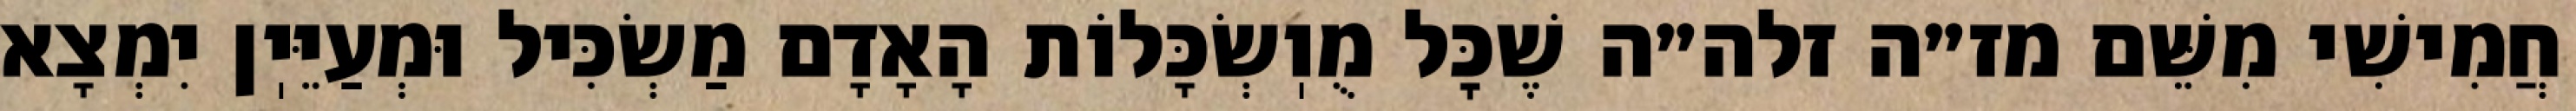
חֲמִישִׁי מִשֵּׁם מז״ה זלה״ה שֶׁכׇּל מֻוֽשְׂכָּלוֹת הָאָדָם מַשְׂכִּיל וּמְעַיֵּיֽן יִמְצָא